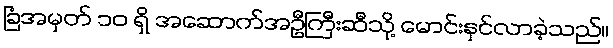
ခြံအမှတ် ၁၀ ရှိ အဆောက်အဦကြီးဆီသို့ မောင်းနှင်လာခဲ့သည်။